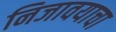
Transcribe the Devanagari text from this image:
निजावयाचा